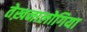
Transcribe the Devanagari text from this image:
तेख़नालोगिया